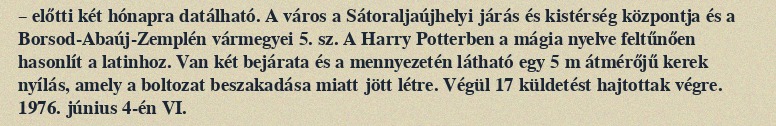
– előtti két hónapra datálható. A város a Sátoraljaújhelyi járás és kistérség központja és a Borsod-Abaúj-Zemplén vármegyei 5. sz. A Harry Potterben a mágia nyelve feltűnően hasonlít a latinhoz. Van két bejárata és a mennyezetén látható egy 5 m átmérőjű kerek nyílás, amely a boltozat beszakadása miatt jött létre. Végül 17 küldetést hajtottak végre. 1976. június 4-én VI.